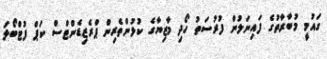
ގައުމީ މުބާރާތުގެ ފައިނަލުން ފުރުސަތު ހޯދި މާޒިޔާގެ ކުޅުންތެރިން ޕްރެޒިޑެންޓްސް ކަޕް ފުޓްބޯޅަ